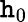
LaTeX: \mathtt{h}_{0}